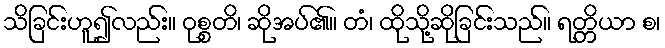
သိခြင်းဟူ၍လည်း။ ဝုစ္စတိ၊ ဆိုအပ်၏။ တံ၊ ထိုသို့ဆိုခြင်းသည်။ ရတ္တိယာ စ၊